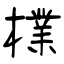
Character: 檏